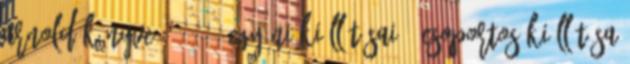
Arnold könyve 2008. 6 Egyéni kiállításai 7 Csoportos kiállítása